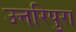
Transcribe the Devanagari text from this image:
उत्तरिपुरा